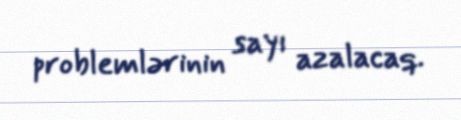
problemlərinin sayı azalacaq.